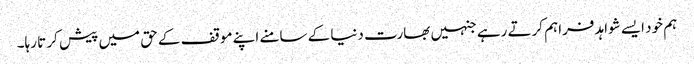
ہم خود ایسے شواہد فراہم کرتے رہے جنہیں بھارت دنیا کے سامنے اپنے موقف کے حق میں پیش کر تا رہا۔